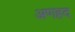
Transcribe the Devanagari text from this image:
अणहद